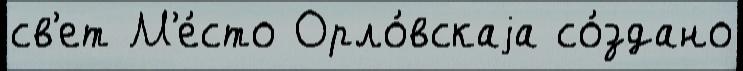
св'ет М'е́сто Орло́вскаjа со́здано